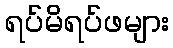
ရပ်မိရပ်ဖများ